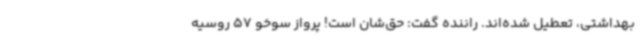
بهداشتی، تعطیل شده‌اند. راننده گفت: حق‌شان است! پرواز سوخو 57 روسیه